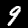
Digit: 9